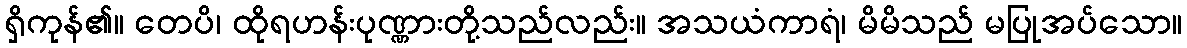
ရှိကုန်၏။ တေပိ၊ ထိုရဟန်းပုဏ္ဏားတို့သည်လည်း။ အသယံကာရံ၊ မိမိသည် မပြုအပ်သော။